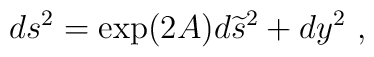
ds^2=\exp(2A)d{\widetilde s}^2+dy^2~,